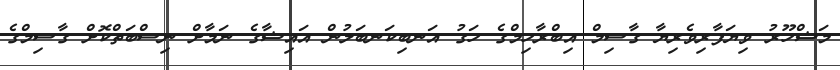
މަޝްހޫރު ވިޔަފާރިވެރިޔާ ގާސިމް އިބްރާހިމްގެ ހަގު އަނބިކަނބަލުން އައިޝާގެ ނަމާށް ނިސްބަތްކޮށް ގާސިމްގެ